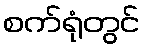
စက်ရုံတွင်